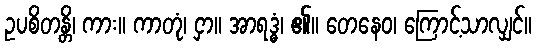
ဥပစိတန္တိ၊ ကား။ ကာတုံ၊ ငှာ။ အာရဒ္ဓံ၊ ၏။ တေနေဝ၊ ကြောင့်သာလျှင်။